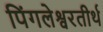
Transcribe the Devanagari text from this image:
पिंगलेश्वरतीर्थ